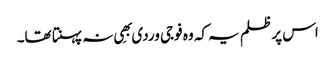
اس پر ظلم یہ کہ وہ فوجی وردی بھِی نہ پہنتا تھا۔